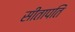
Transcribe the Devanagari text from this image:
सीतापतिं